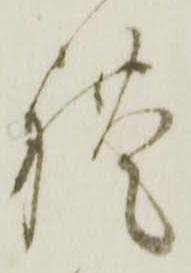
れ